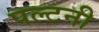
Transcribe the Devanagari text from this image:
पल्टनी